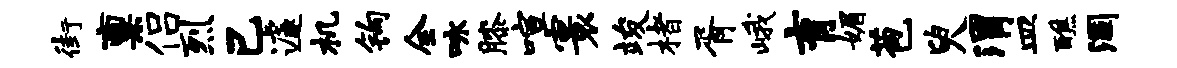
街禀侣烈己遽机钩全咏膝喧寰竣楮胥峨育媚苞臾渭皿醮涸